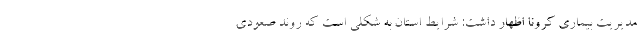
مدیریت بیماری کرونا اظهار داشت: شرایط استان به شکلی است که روند صعودی